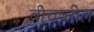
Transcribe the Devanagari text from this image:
बीचवरील